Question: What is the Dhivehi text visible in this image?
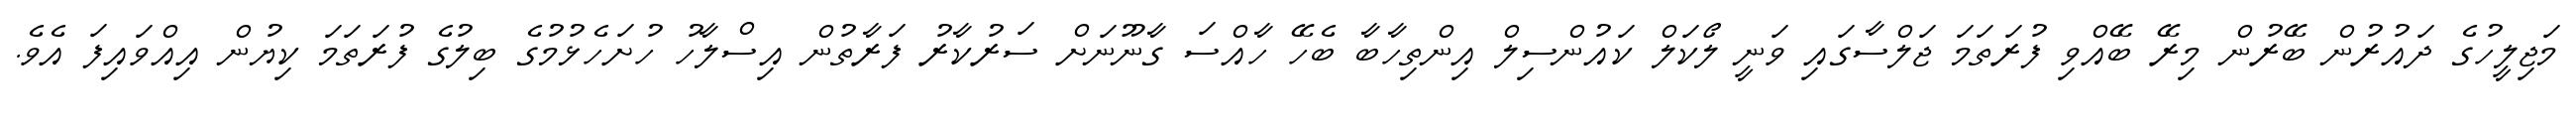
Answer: މަޖިލީހުގެ ދައުރުން ބޭރުން މިރޭ ބޭއްވި ފުރަތަމަ ޖަލްސާގައި ވަނީ ލޯކަލް ކައުންސިލް އިންތިހާބާ ބެހޭ ހާއްސަ ގާނޫނަށް ސަރުކާރު ފަރާތުން އިސްލާހު ހުށަހެޅުމުގެ ބިލުގެ ފުރަތަމަ ކިޔުން އިއްވައިފަ އެވެ.